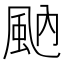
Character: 𩖯